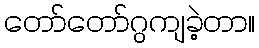
တော်တော်ဂွကျခဲ့တာ။